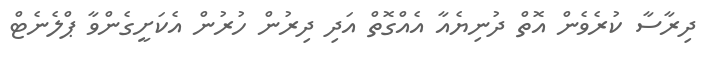
ދިރާސާ ކުރެވެން އޮތް ދުނިޔެއާ އެއްގޮތް އަދި ދިރުން ހުރުން އެކަށީގެންވާ ޕްލެނެޓް